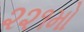
૨૨૧મો